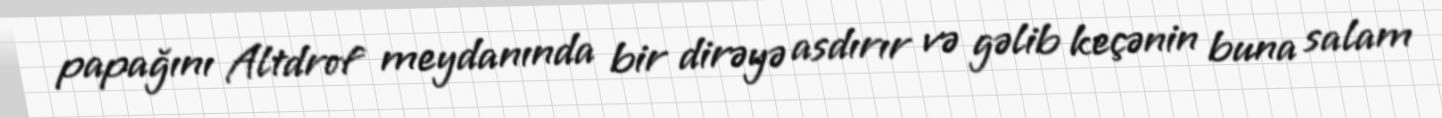
papağını Altdrof meydanında bir dirəyə asdırır və gəlib keçənin buna salam